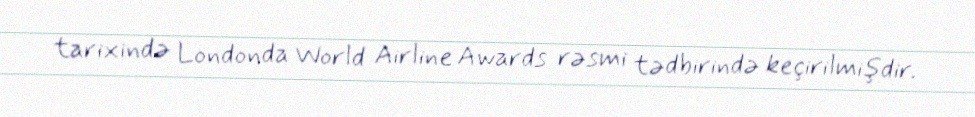
tarixində Londonda World Airline Awards rəsmi tədbirində keçirilmişdir.